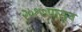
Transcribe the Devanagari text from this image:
२०१७पासून